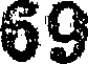
69